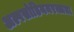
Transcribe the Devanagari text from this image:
अल्पसोडियमरक्तता